Report of the King Institute of Preventive Medicine, Guindy
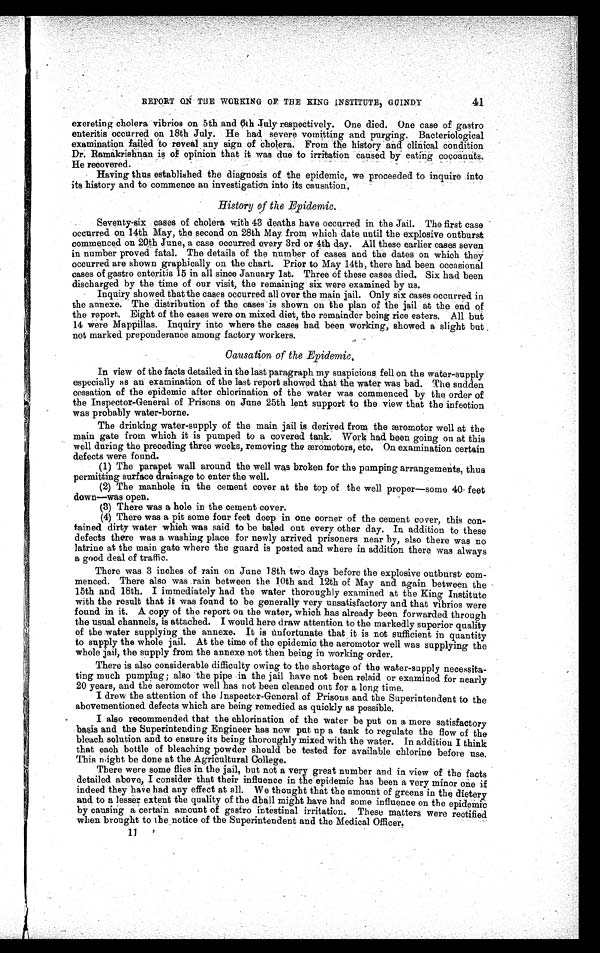
REPORT ON THE WORKING OF THE KING INSTITUTE, GUINDY
excreting cholera vibrios on 5th and 6th July respectively. One died. One case of gastro
enteritis occurred on 18th July. He had severe vomitting and purging. Bacteriological
examination failed to reveal any sign of Cholera. From the history and clinical condition
Dr. Ramakrishnan is of opinion that it was due to irritation caused by eating cocoanuts.
He recovered.
Having thus established the diagnosis of the epidemic, we proceeded to inquire into
its history and to commence an investigation into its causation.
History of the Epidemic.
Seventy-six cases of cholera with 43 deaths have occurred in the Jail. The first case
occurred on 14th May, the second on 28th May from which date until the explosive outburst
commenced on 20th June, a case occurred every 3rd or 4th day. All these earlier cases seven
in number proved fatal. The details of the number of cases and the dates on which they
occurred are shown graphically on the chart. Prior to May 14th, there had been occasional
cases of gastro enteritis 15 in all since January 1st. Three of these cases died. Six had been
discharged by the time of our visit, the remaining six were examined by us.
Inquiry showed that the cases occurred all over the main jail. Only six cases occurred in
the annexe. The distribution of the cases is shown on the plan of the jail at the end of
the report. Eight of the cases were on mixed diet, the remainder being rice eaters. All but
14 were Mappillas. Inquiry into where the cases had been working, showed a slight but
not marked preponderance among factory workers.
Causation of the Epidemic.
In view of the facts detailed in the last paragraph my suspicions fell on the water-supply
especially as an examination of the last report showed that the water was bad. The sudden
cessation of the epidemic after chlorination of the water was commenced by the order of
the Inspector-General of Prisons on June 25th lent support to the view that the infection
was probably water-borne.
The drinking water-supply of the main jail is derived from the æromotor well at the
main gate from which it is pumped to a covered tank. Work had been going on at this
well during the preceding three weeks, removing the æromotors, etc. On examination certain
defects were found.
(1) The parapet wall around the well was broken for the pumping arrangements, thus
permitting surface drainage to enter the well.
(2) The manhole in the cement cover at the top of the well proper—some 40 feet
down—was open.
(3) There was a hole in the cement cover.
(4) There was a pit some four feet deep in one corner of the cement cover, this con
-
tained dirty water which was said to be baled out every other day. In addition to these
defects there was a washing place for newly arrived prisoners near by, also there was no
latrine at the main gate where the guard is posted and where in addition there was always
a good deal of traffic.
There was 3 inches of rain on June 18th two days before the explosive outburst com
-
menced. There also was rain between the 10th and 12th of May and again between the
15th and 18th. I immediately had the water thoroughly examined at the King Institute
with the result that it was found to be generally very unsatisfactory and that vibrios were
found in it. A copy of the report on the water, which has already been forwarded through
the usual channels, is attached. I would here draw attention to the markedly superior quality
of the water supplying the annexe. It is unfortunate that it is not sufficient in quantity
to supply the whole jail. At the time of the epidemic the aeromotor well was supplying the
whole jail, the supply from the annexe not then being in working order.
There is also considerable difficulty owing to the shortage of the water-supply necessita
-
ting much pumping; also the pipe in the jail have not been relaid or examined for nearly
20 years, and the aeromotor well has not been cleaned out for a long time.
I drew the attention of the Inspector-General of Prisons and the Superintendent to the
abovementioned defects which are being remedied as quickly as possible.
I also recommended that the chlorination of the water be put on a more satisfactory
basis and the Superintending Engineer has now put up a tank to regulate the flow of the
bleach solution and to ensure its being thoroughly mixed with the water. In addition I think
that each bottle of bleaching powder should be tested for available chlorine before use.
This night be done at the Agricultural College.
There were some flies in the jail, but not a very great number and in view of the facts
detailed above, I consider that their influence in the epidemic has been a very minor one if
indeed they have had any effect at all. We thought that the amount of greens in the dietery
and to a lesser extent the quality of the dhall might have had some influence on the epidemic
by causing a certain amount of gastro intestinal irritation. These matters were rectified
when brought to the notice of the Superintendent and the Medical Officer.
11
41